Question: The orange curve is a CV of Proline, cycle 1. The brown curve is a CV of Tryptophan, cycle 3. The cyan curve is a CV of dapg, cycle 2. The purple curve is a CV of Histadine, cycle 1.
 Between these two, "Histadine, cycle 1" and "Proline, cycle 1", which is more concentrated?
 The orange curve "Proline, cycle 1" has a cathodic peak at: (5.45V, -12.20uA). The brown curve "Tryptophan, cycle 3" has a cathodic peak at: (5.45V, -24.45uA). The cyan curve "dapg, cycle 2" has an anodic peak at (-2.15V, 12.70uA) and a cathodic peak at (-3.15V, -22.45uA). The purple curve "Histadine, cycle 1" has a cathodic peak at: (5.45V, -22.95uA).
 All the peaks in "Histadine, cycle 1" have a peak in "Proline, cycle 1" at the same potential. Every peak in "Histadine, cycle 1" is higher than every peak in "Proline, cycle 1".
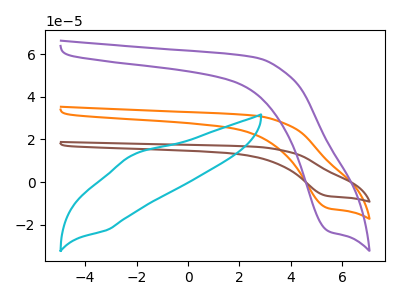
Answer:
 <answer>"Histadine, cycle 1" has more signal than "Proline, cycle 1" and so likely has a higher concentration.</answer>
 <eval>more_concentration</eval>